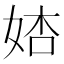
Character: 𡜺